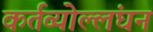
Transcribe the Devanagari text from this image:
कर्तव्योल्लंघन